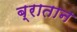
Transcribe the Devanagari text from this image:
ब्रातान